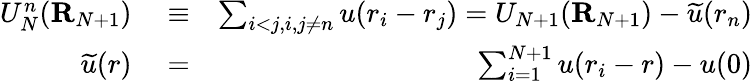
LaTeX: \begin{array}{rlr}{U_{N}^{n}({\mathbf R}_{N+1})}&{{}\equiv}&{\sum_{i<j,i,j\ne n}u(r_{i}-r_{j})=U_{N+1}({\mathbf R}_{N+1})-\widetilde{u}(r_{n})}\\ {\widetilde{u}(r)}&{{}=}&{\sum_{i=1}^{N+1}u(r_{i}-r)-u(0)}\end{array}